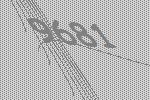
9681